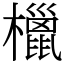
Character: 㯿